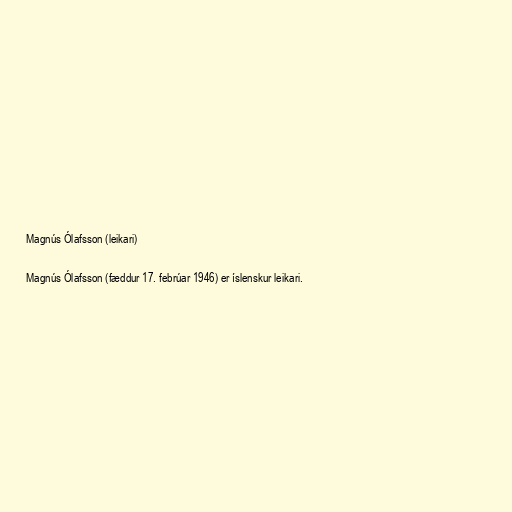
Magnús Ólafsson (leikari)

Magnús Ólafsson (fæddur 17. febrúar 1946) er íslenskur leikari.